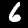
Label: 6